Vaccination North-Western Provinces 1866-1877 - 1866-1877
Year: 1866
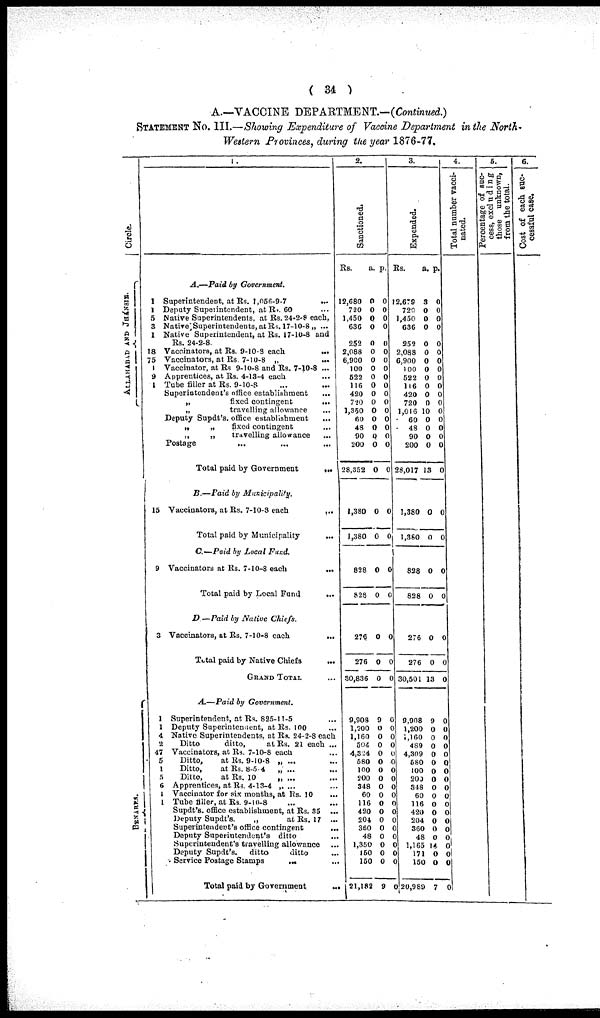
( 34 )
A.—VACCINE DEPARTMENT.—(Continued.)
STATEMENT NO. III.—Showing Expenditure of Vaccine Department in the North"
Western Provinces, during the year 1876-77,
Circle.
ALLAHABAD AND JHÁNSIE
BENARES.
1 .
A.—Paid
by Government.
1 Superintendent, at Rs. 1,056-9-7
...
1 Deputy Superintendent, at Rs. 60 ...
5 Native Superintendents, at Rs. 24-2-8 each,
3 Native, Superintendents, at Rs. 17-10-8„ ...
1 Native Superintendent, at Rs. 17-10-8 and
Rs. 24-2-8.
18 Vaccinators, at Rs. 9-10-8 each
...
75 Vaccinators, at Rs. 7-10-8 „ ...
1 Vaccinator, at Rs 9-10-8 and Rs. 7-10-8 ...
9 Apprentices, at Rs. 4-13-4 each ...
1 Tube filler at Rs. 9-10-8 ... ...
Superintendent's office establishment ...
„
fixed
contingent
...
„
travelling allowance
...
Deputy Supdt's. office establishment ...
„
„
fixed
contingent ...
„
„
travelling allowance ...
Postage ... ... ...
Total paid by Government
...
B.—Paid by
Municipality.
15 Vaccinators, at Rs. 7-10-8 each
...
Total paid by Municipality ...
C.—Paid by Local Fund.
9 Vaccinators at Rs. 7-10-8 each
...
Total paid by Local Fund
...
D —Paid by Native
Chiefs.
3 Vaccinators, at Rs. 7-10-8 each
...
Total paid by Native Chiefs ...
GRAND TOTAL ...
A.—Paid
by
Government.
1 Superintendent, at Rs. 825-11-5 ...
1 Deputy Superintendent, at Rs. 100 ...
4 Native Superintendents, at Rs. 24-2-8 each
2
Ditto
ditto,
at Rs. 21 each ...
47 Vaccinators, at Rs. 7-10-8 each ...
5
Ditto,
at Rs. 9-10-8 „ ... ...
1
Ditto,
at Rs. 8-5 4
„ ... ...
5
Ditto,
at Rs. 10
„ ... ...
6 Apprentices, at Rs. 4-13-4 „ ... ...
1 Vaccinator for six months, at Rs. 10 ...
1 Tube filler, at Rs. 9-10-8 ... ...
Supdt's office establishment, at Rs. 85 ...
Deputy Supdt's.
„
at Rs. 17 ...
Superintendent's office contingent
...
Deputy Superintendent's ditto ...
Superintendent's travelling allowance ...
Deputy Supdt's.
ditto
ditto ...
Service Postage Stamps
... ...
Total paid by Government ...
2.
3.
Sanctioned.
Rs.
a. p.
12,680
720 0
1,450
636
252
2,088
6,900
100
522
116
420
720
1,350
60
48
90
200
28,352
0
0
0
0
0
0 0
0
0
0
0
0
0
0
0
0
0
0
0
0
0
0
0
0
0
0
0
0
0
0
0
0
0
0
0
0
1,380
1,380
0
0
0
0
828
828
0
0
0
0
276
276
30,836
0
0
0
0
0
0
9,908
1,200
1,160
504
4,324
580
100
200
348
60
116
420
204
360
48
1,350
150
150
121,182
9
0
0
0
0
0
0
0
0
0
0
0
0
0
0
0
0
0
9
0
0
0
0
0
0
0
0
0
0
0
0
0
0
0
0
0
0
0
4.
Expended.
Rs.
a.
p.
12,679
720
1,450
636
252
2,088
6,900
100
522
116
420
720
1,016
60
48
90
200
28,017
3
0
0
0
0
0
0
0
0
0
0
0
10
0
0
0
0
13
0
0
0
0
0
0
0
0
0
0
0
0
0
0
0
0
0
0
1,380
1,380
0
0
0
0
828
828
0
0
0
0
276
276
30,501
0
0
13
0
0
0
9,908
1,200
1,160
489
4,309
580
100
200
348
60
116
420
204
360
48
1,165
171
150
20,989
9
0
0
0
0
0
0
0
0
0
0
0
0
0
0
14
0
0
7
0
0
0
0
0
0
0
0
0
0
0
0
0
0
0
0
0
0
0
Total number vacci¬
nated.
5.
Percentage of suc¬
cess, excluding
those unknown,
from the total.
6.
Cost of each. suc¬
cessful case.